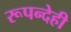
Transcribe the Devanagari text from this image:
रूपन्देही